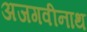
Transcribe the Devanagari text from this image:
अजगवीनाथ